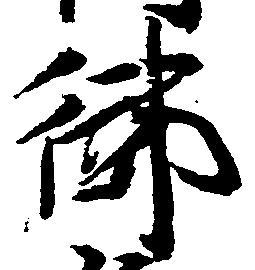
御